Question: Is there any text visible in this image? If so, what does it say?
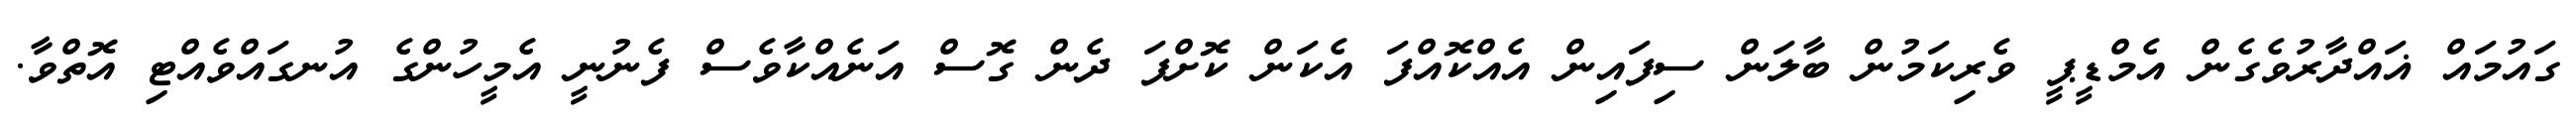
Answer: ގައުމައް ޣައްދާރުވެގެން އެމްޑީޕީ ވެރިކަމުން ބާލަން ސިފައިން އެއްކޮއްފަ އެކަން ކޮށްފަ ދެން ގޮސް އަނެއްކާވެސް ފެނުނީ އެމީހުންގެ އުނގައްވެއްޓި އޮތްވާ.